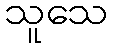
သူသေ